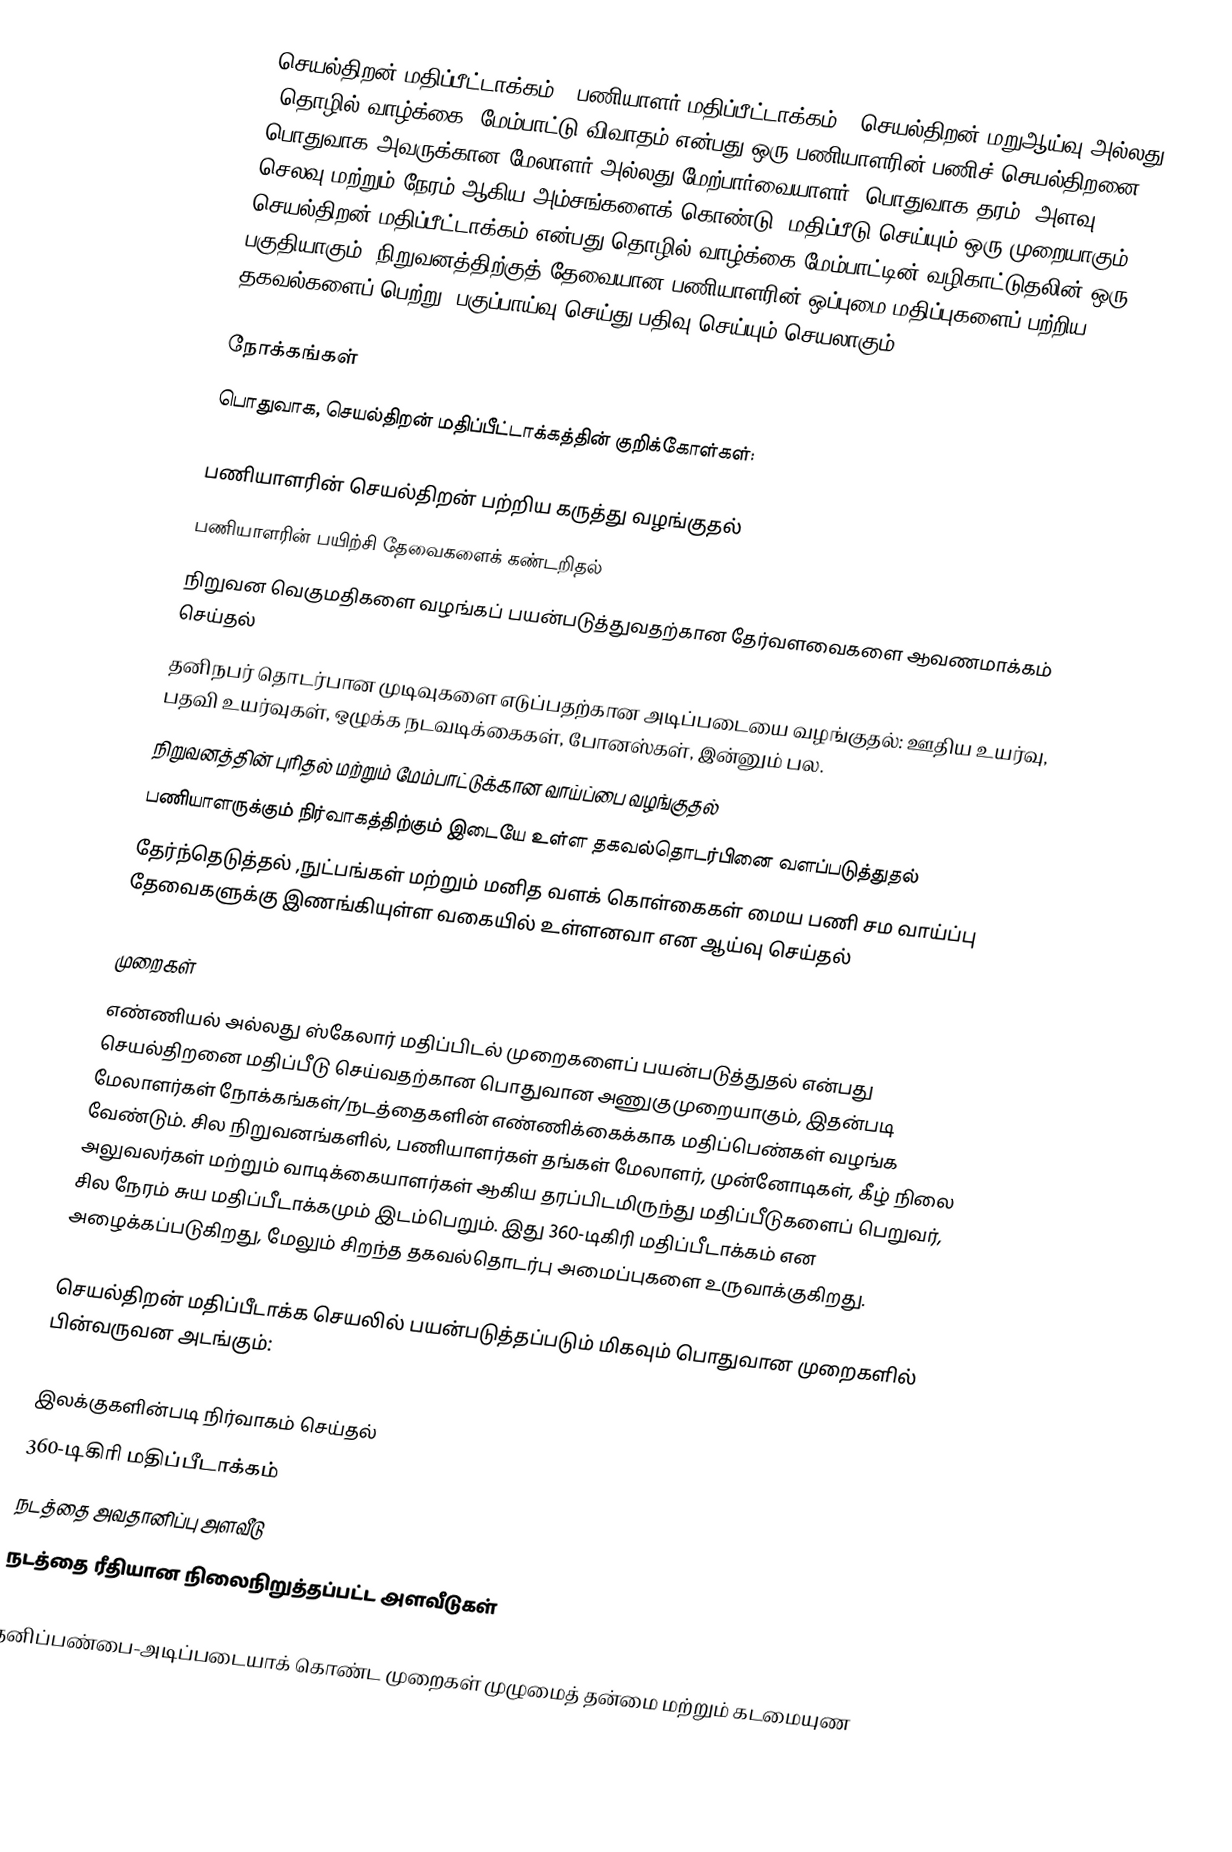
செயல்திறன் மதிப்பீட்டாக்கம் , பணியாளர் மதிப்பீட்டாக்கம் , செயல்திறன் மறுஆய்வு  அல்லது (தொழில் வாழ்க்கை) மேம்பாட்டு விவாதம்  என்பது ஒரு பணியாளரின் பணிச் செயல்திறனை பொதுவாக அவருக்கான மேலாளர் அல்லது மேற்பார்வையாளர் (பொதுவாக தரம், அளவு, செலவு மற்றும் நேரம் ஆகிய அம்சங்களைக் கொண்டு) மதிப்பீடு செய்யும் ஒரு முறையாகும். செயல்திறன் மதிப்பீட்டாக்கம் என்பது தொழில் வாழ்க்கை மேம்பாட்டின் வழிகாட்டுதலின் ஒரு பகுதியாகும். நிறுவனத்திற்குத் தேவையான பணியாளரின் ஒப்புமை மதிப்புகளைப் பற்றிய தகவல்களைப் பெற்று, பகுப்பாய்வு செய்து பதிவு செய்யும் செயலாகும்.

நோக்கங்கள்
பொதுவாக, செயல்திறன் மதிப்பீட்டாக்கத்தின் குறிக்கோள்கள்:

 பணியாளரின் செயல்திறன் பற்றிய கருத்து வழங்குதல்
 பணியாளரின் பயிற்சி தேவைகளைக் கண்டறிதல்
 நிறுவன வெகுமதிகளை வழங்கப் பயன்படுத்துவதற்கான தேர்வளவைகளை ஆவணமாக்கம் செய்தல்
 தனிநபர் தொடர்பான முடிவுகளை எடுப்பதற்கான அடிப்படையை வழங்குதல்: ஊதிய உயர்வு, பதவி உயர்வுகள், ஒழுக்க நடவடிக்கைகள், போனஸ்கள், இன்னும் பல.
 நிறுவனத்தின் புரிதல் மற்றும் மேம்பாட்டுக்கான வாய்ப்பை வழங்குதல்
 பணியாளருக்கும் நிர்வாகத்திற்கும் இடையே உள்ள தகவல்தொடர்பினை வளப்படுத்துதல்
 தேர்ந்தெடுத்தல் ,நுட்பங்கள் மற்றும் மனித வளக் கொள்கைகள் மைய பணி சம வாய்ப்பு தேவைகளுக்கு இணங்கியுள்ள வகையில் உள்ளனவா என ஆய்வு செய்தல்

முறைகள்
எண்ணியல் அல்லது ஸ்கேலார் மதிப்பிடல் முறைகளைப் பயன்படுத்துதல் என்பது செயல்திறனை மதிப்பீடு செய்வதற்கான பொதுவான அணுகுமுறையாகும், இதன்படி மேலாளர்கள் நோக்கங்கள்/நடத்தைகளின் எண்ணிக்கைக்காக மதிப்பெண்கள் வழங்க வேண்டும். சில நிறுவனங்களில், பணியாளர்கள் தங்கள் மேலாளர், முன்னோடிகள், கீழ் நிலை அலுவலர்கள் மற்றும் வாடிக்கையாளர்கள் ஆகிய தரப்பிடமிருந்து மதிப்பீடுகளைப் பெறுவர், சில நேரம் சுய மதிப்பீடாக்கமும் இடம்பெறும். இது 360-டிகிரி மதிப்பீடாக்கம்  என அழைக்கப்படுகிறது, மேலும் சிறந்த  தகவல்தொடர்பு அமைப்புகளை உருவாக்குகிறது.

செயல்திறன் மதிப்பீடாக்க செயலில் பயன்படுத்தப்படும் மிகவும் பொதுவான முறைகளில் பின்வருவன அடங்கும்:

 இலக்குகளின்படி நிர்வாகம் செய்தல்
 360-டிகிரி மதிப்பீடாக்கம்
 நடத்தை அவதானிப்பு அளவீடு
 நடத்தை ரீதியான நிலைநிறுத்தப்பட்ட அளவீடுகள்

தனிப்பண்பை-அடிப்படையாக் கொண்ட முறைகள் முழுமைத் தன்மை மற்றும் கடமையுண